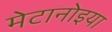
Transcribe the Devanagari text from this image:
मेटानोइया